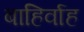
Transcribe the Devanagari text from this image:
बाहिर्वाह